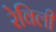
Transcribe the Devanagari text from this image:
रेविली